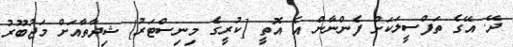
ދޭ. އޭގެ ތަފްސީލަކަށް ފެންނާން އެ އޮތީ [ކުރީގެ މިނިސްޓަރު] ޝިދާތާއަށް މަޖުބޫރު